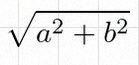
\sqrt{a^2+b^2}